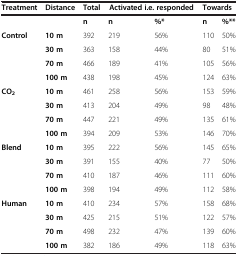
<table><thead><tr><td><b>Treatment</b></td><td><b>Distance</b></td><td><b>Total</b></td><td colspan="2"><b>Activated i.e. responded</b></td><td colspan="2"><b>Towards</b></td></tr></thead><tbody><tr><td> </td><td> </td><td><b>n</b></td><td><b>n</b></td><td><b>%*</b></td><td><b>n</b></td><td><b>%**</b></td></tr><tr><td><b>Control</b></td><td><b>10 m</b></td><td>392</td><td>219</td><td>56%</td><td>110</td><td>50%</td></tr><tr><td> </td><td><b>30 m</b></td><td>363</td><td>158</td><td>44%</td><td>80</td><td>51%</td></tr><tr><td> </td><td><b>70 m</b></td><td>466</td><td>189</td><td>41%</td><td>105</td><td>56%</td></tr><tr><td> </td><td><b>100 m</b></td><td>438</td><td>198</td><td>45%</td><td>124</td><td>63%</td></tr><tr><td><b>CO</b><sub><b>2</b></sub></td><td><b>10 m</b></td><td>461</td><td>258</td><td>56%</td><td>153</td><td>59%</td></tr><tr><td> </td><td><b>30 m</b></td><td>413</td><td>204</td><td>49%</td><td>98</td><td>48%</td></tr><tr><td> </td><td><b>70 m</b></td><td>447</td><td>221</td><td>49%</td><td>135</td><td>61%</td></tr><tr><td> </td><td><b>100 m</b></td><td>394</td><td>209</td><td>53%</td><td>146</td><td>70%</td></tr><tr><td><b>Blend</b></td><td><b>10 m</b></td><td>395</td><td>222</td><td>56%</td><td>145</td><td>65%</td></tr><tr><td> </td><td><b>30 m</b></td><td>391</td><td>155</td><td>40%</td><td>77</td><td>50%</td></tr><tr><td> </td><td><b>70 m</b></td><td>410</td><td>187</td><td>46%</td><td>111</td><td>60%</td></tr><tr><td> </td><td><b>100 m</b></td><td>398</td><td>194</td><td>49%</td><td>112</td><td>58%</td></tr><tr><td><b>Human</b></td><td><b>10 m</b></td><td>410</td><td>234</td><td>57%</td><td>158</td><td>68%</td></tr><tr><td> </td><td><b>30 m</b></td><td>425</td><td>215</td><td>51%</td><td>122</td><td>57%</td></tr><tr><td> </td><td><b>70 m</b></td><td>498</td><td>232</td><td>47%</td><td>139</td><td>60%</td></tr><tr><td> </td><td><b>100 m</b></td><td>382</td><td>186</td><td>49%</td><td>118</td><td>63%</td></tr></tbody></table>